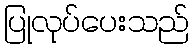
ပြုလုပ်ပေးသည်